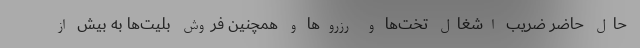
حال حاضر ضریب اشغال تخت‌ها و رزروها و همچنین فروش بلیت‌ها به بیش از